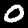
Digit: 0